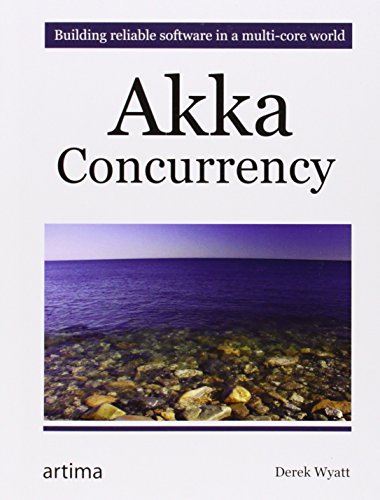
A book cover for Akka Concurrency; Derek Wyatt; Computers & Technology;